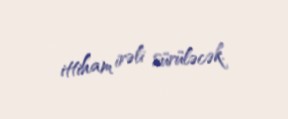
ittiham irəli sürüləcək.